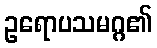
ဥရောပသမဂ္ဂ၏